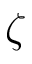
\zeta